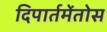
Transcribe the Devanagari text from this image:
दिपार्तमेंतोस